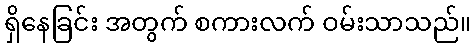
ရှိနေခြင်း အတွက် စကားလက် ဝမ်းသာသည်။